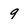
Character: q